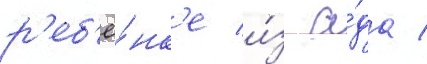
р'еб'ё́нк'е и́з а́да /